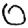
Digit: 0